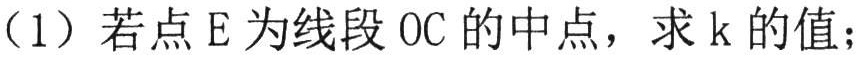
（1）若点\(E\)为线段\(OC\)的中点，求\(k\)的值；